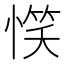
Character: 𢞖